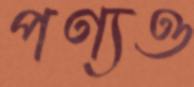
পণ্যও